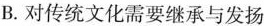
B.对传统文化需要继承与发扬